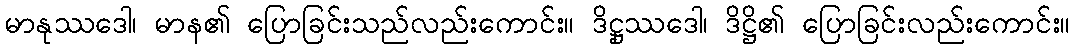
မာနုဿဒေါ၊ မာန၏ ပြောခြင်းသည်လည်းကောင်း။ ဒိဋ္ဌုဿဒေါ၊ ဒိဋ္ဌိ၏ ပြောခြင်းလည်းကောင်း။